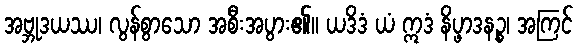
အဗ္ဘုဒယဿ၊ လွန်စွာသော အစီးအပွား၏။ ယဒိဒံ ယံ ဣဒံ နိပ္ဖာဒနဉ္စ၊ အကြင်